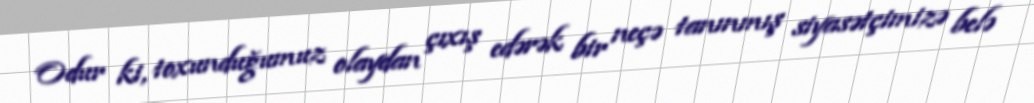
Odur ki, toxunduğumuz olaydan çıxış edərək bir neçə tanınmış siyasətçimizə belə